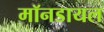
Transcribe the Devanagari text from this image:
मॉनडायल